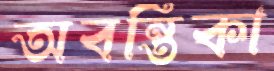
অবন্তিকা